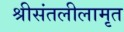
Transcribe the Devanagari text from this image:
श्रीसंतलीलामृत